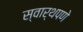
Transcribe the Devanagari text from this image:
स्वार्थपणे